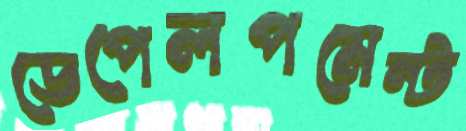
ডেপেলপমেন্ট